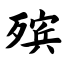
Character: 殡